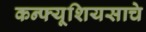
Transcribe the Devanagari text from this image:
कन्फ्यूशियसाचे